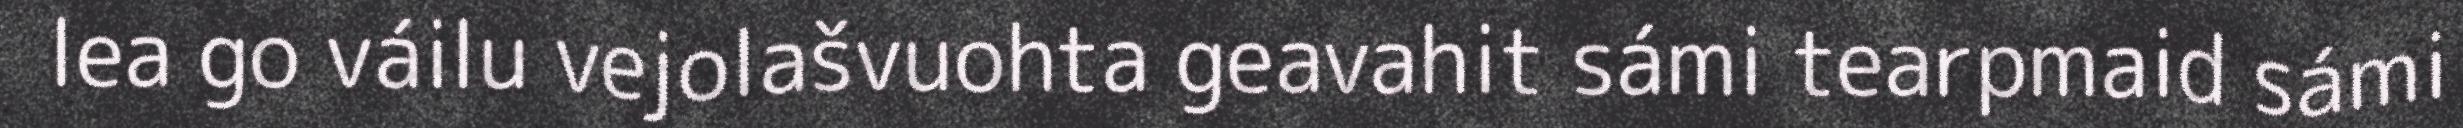
lea go váilu vejolašvuohta geavahit sámi tearpmaid sámi